Indian journal of veterinary science and animal husbandry - Volumes 22-23, 1952-1953
Year: 1952
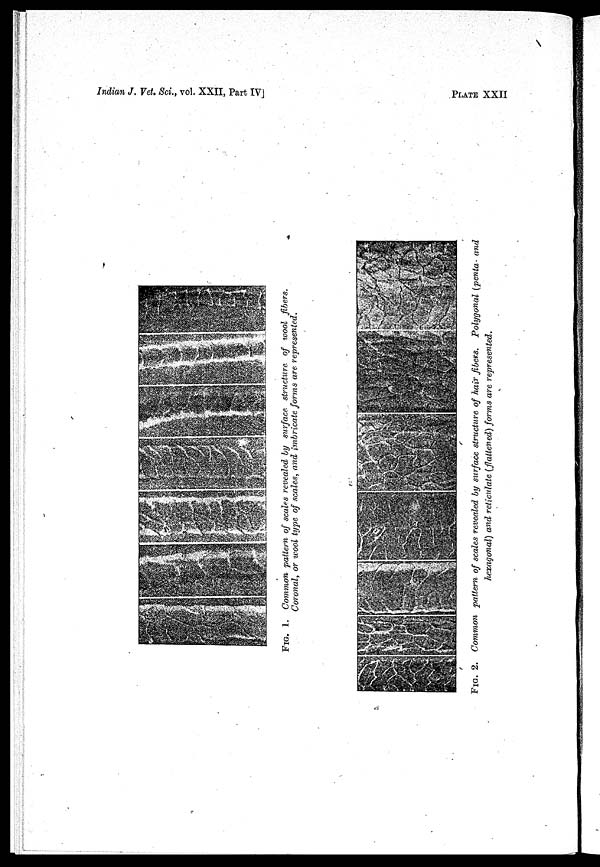
Indian J. Vet. Sci., vol. XXII, Part IV]
PLATE XXII
FIG. 1. Common pattern of scales revealed by surface structure of wool fibers.
Coronal, or wool type of scales, and imbricate forms are represented.
FIG. 2. Common pattern of scales revealed by surface structure of hair fibers. Polygonal (penta and
hexagonal) and reticulate (flattened) forms are represented.